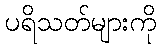
ပရိသတ်များကို